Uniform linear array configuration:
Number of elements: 4
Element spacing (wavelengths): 0.25
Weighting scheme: blackman
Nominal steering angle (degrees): -15
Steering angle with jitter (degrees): -16.457
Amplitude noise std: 0.05
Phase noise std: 0.05

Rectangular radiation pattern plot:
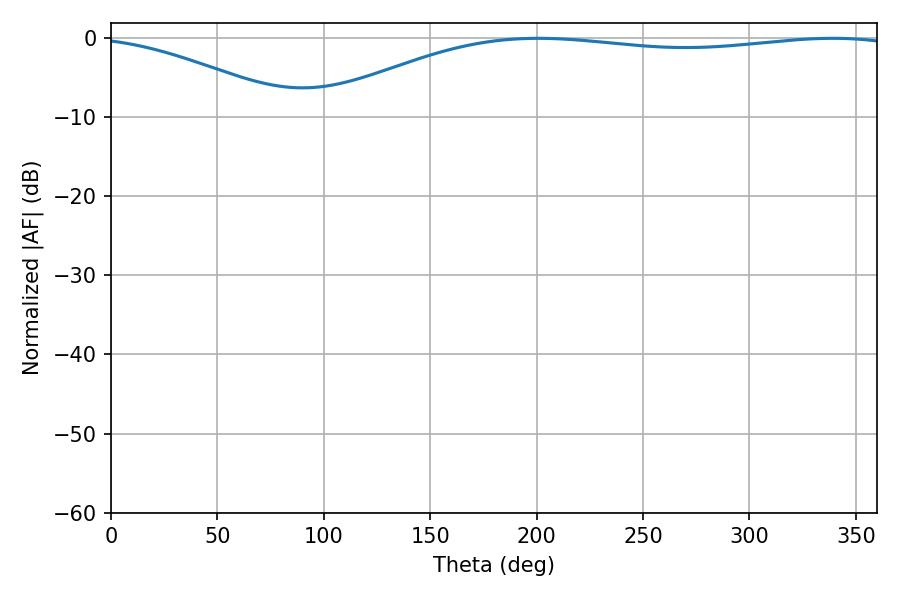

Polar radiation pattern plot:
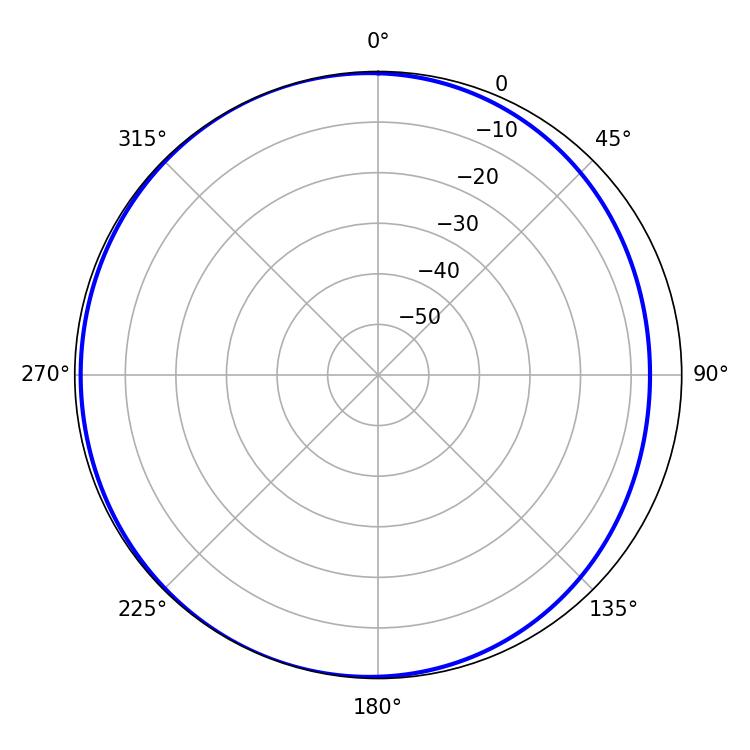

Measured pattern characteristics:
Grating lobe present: FALSE
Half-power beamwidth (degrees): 220.14
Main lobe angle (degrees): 200.7